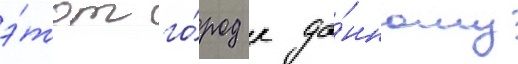
э́тот го́род к да́нному